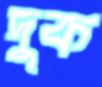
দুক